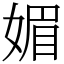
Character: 媚